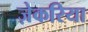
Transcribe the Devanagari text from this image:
ज़ेकरिया